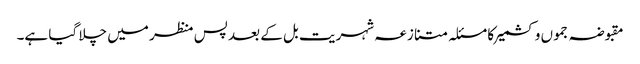
مقبوضہ جموں وکشمیر کا مسئلہ متنازعہ شہریت بل کے بعد پس منظر میں چلا گیا ہے۔